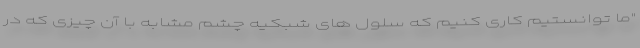
"ما توانستیم کاری کنیم که سلول های شبکیه چشم مشابه با آن چیزی که در